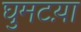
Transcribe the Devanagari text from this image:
घुमटय़ा